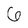
Character: 6